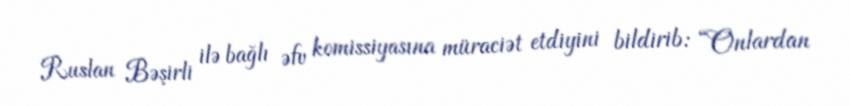
Ruslan Bəşirli ilə bağlı əfv komissiyasına müraciət etdiyini bildirib: “Onlardan